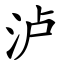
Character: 泸